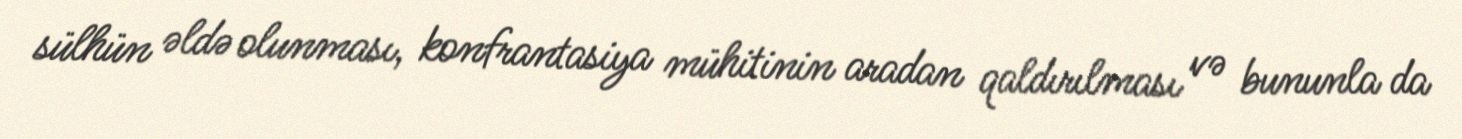
sülhün əldə olunması, konfrantasiya mühitinin aradan qaldırılması və bununla da